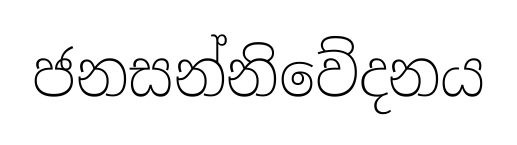
ජනසන්නිවේදනය